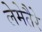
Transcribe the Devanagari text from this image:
लेमेतैरे